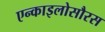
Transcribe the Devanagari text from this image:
एन्काइलोसौरस